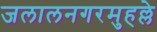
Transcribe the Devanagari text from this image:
जलालनगरमुहल्ले